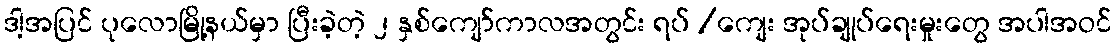
ဒါ့အပြင် ပုလောမြို့နယ်မှာ ပြီးခဲ့တဲ့ ၂ နှစ်ကျော်ကာလအတွင်း ရပ် /ကျေး အုပ်ချုပ်ရေးမှုးတွေ အပါအဝင်